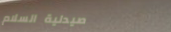
صيدلية السلام